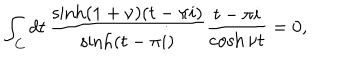
\int _ { C } d t \, \frac { \sinh ( 1 + \nu ) ( t - \pi i ) } { \sinh ( t - \pi i ) } \frac { t - \pi i } { \cosh \nu t } = 0 ,